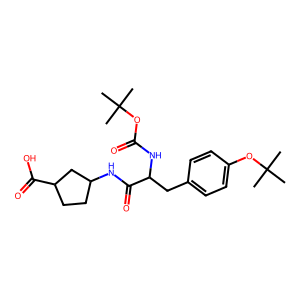
SMILES: CC(C)(C)OC(=O)NC(Cc1ccc(OC(C)(C)C)cc1)C(=O)NC1CCC(C(=O)O)C1
Inhibits HIV replication: No